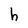
Character: h